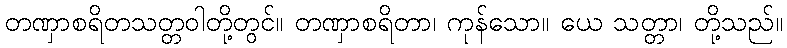
တဏှာစရိတသတ္တဝါတို့တွင်။ တဏှာစရိတာ၊ ကုန်သော။ ယေ သတ္တာ၊ တို့သည်။